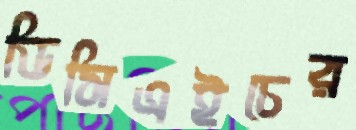
ডিসিএইচের